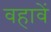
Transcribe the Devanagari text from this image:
वहावें